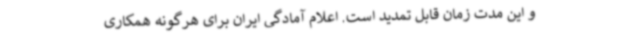
و این مدت زمان قابل تمدید است. اعلام آمادگی ایران برای هرگونه همکاری